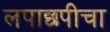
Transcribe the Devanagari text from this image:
लपाछपीचा